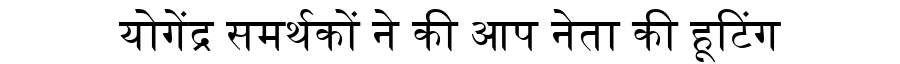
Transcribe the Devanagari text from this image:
योगेंद्र समर्थकों ने की आप नेता की हूटिंग